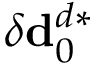
\delta \mathbf { d } _ { 0 } ^ { d * }